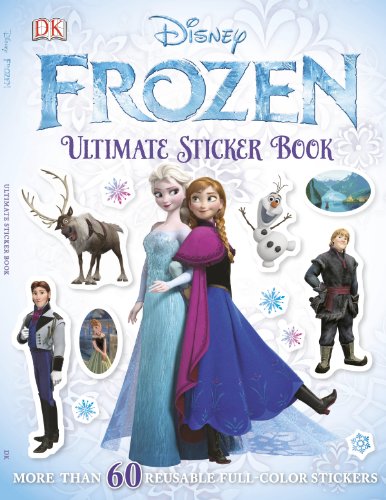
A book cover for Ultimate Sticker Book: Frozen (Ultimate Sticker Books); DK Publishing; Children's Books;